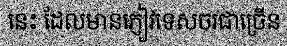
នេះ ដែលមានភ្ញៀវទេសចរជាច្រើន